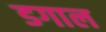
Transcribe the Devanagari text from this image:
डगाल